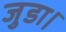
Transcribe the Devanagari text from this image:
जुडा।